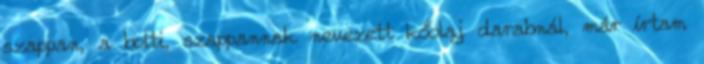
szappan, a bolti, szappannak nevezett kőolaj darabnál, már írtam